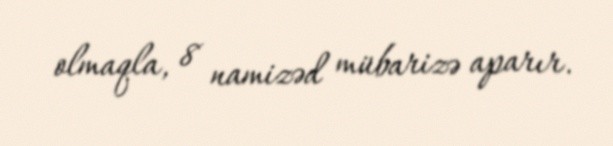
olmaqla, 8 namizəd mübarizə aparır.